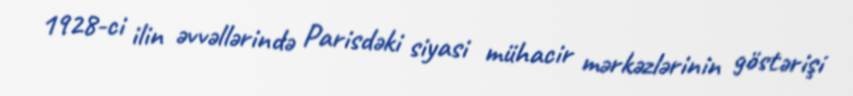
1928-ci ilin əvvəllərində Parisdəki siyasi mühacir mərkəzlərinin göstərişi